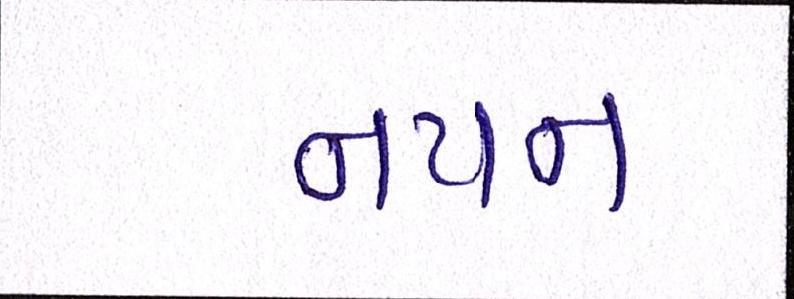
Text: નયન